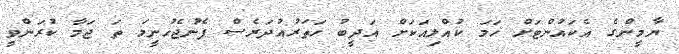
ޔާމީންގެ އެކައުންޓަށް ހަމަ ކުއްލިއަކަށް އަދީބު ހަތަރުއުދަރެސް ފެނުޖެހުނީމަ ތަ ޖަމާ ކުރަންވީ